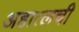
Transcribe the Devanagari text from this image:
अहात्लची